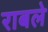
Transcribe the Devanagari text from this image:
राबले